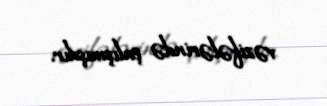
vəzifələrində çalışmışdır.